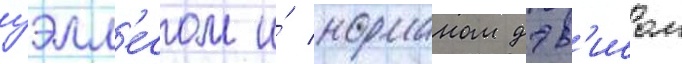
уэлл'есом и́ норманом дэв'исом